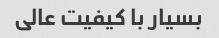
بسیار با کیفیت عالی